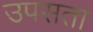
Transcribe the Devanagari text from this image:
उपसता